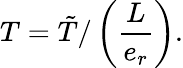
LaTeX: T=\tilde{T}/\left(\frac{L}{e_{r}}\right).